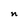
Character: n